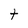
Character: t